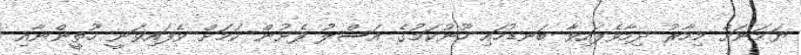
ޔަމަނަށް މިހާރު ދިމާވެފައިވާ ބަނޑުހައި ހޫނުކަމުގެ އަސްލު ފެށުން ކަމަށް ވެފައިވަނީ ހޫތީންނާއި